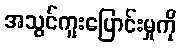
အသွင်ကူးပြောင်းမှုကို